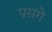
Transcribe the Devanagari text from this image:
प्रसंगे